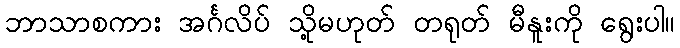
ဘာသာစကား အင်္ဂလိပ် သို့မဟုတ် တရုတ် မီနူးကို ရွေးပါ။